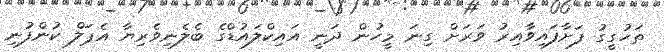
ތަހުގީގު ފަށާފައިވާއިރު ވަރަށް ގިނަ މީހުން ދަނީ އައިކްލައުޑްގެ ބެލެނިވެރިޔާ އެޕަލް ކުންފުނި